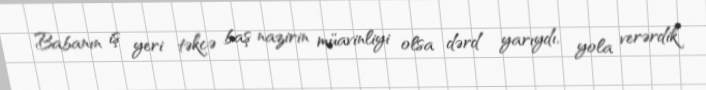
Babanın iş yeri təkcə baş nazirin müavinliyi olsa dərd yarıydı, yola verərdik